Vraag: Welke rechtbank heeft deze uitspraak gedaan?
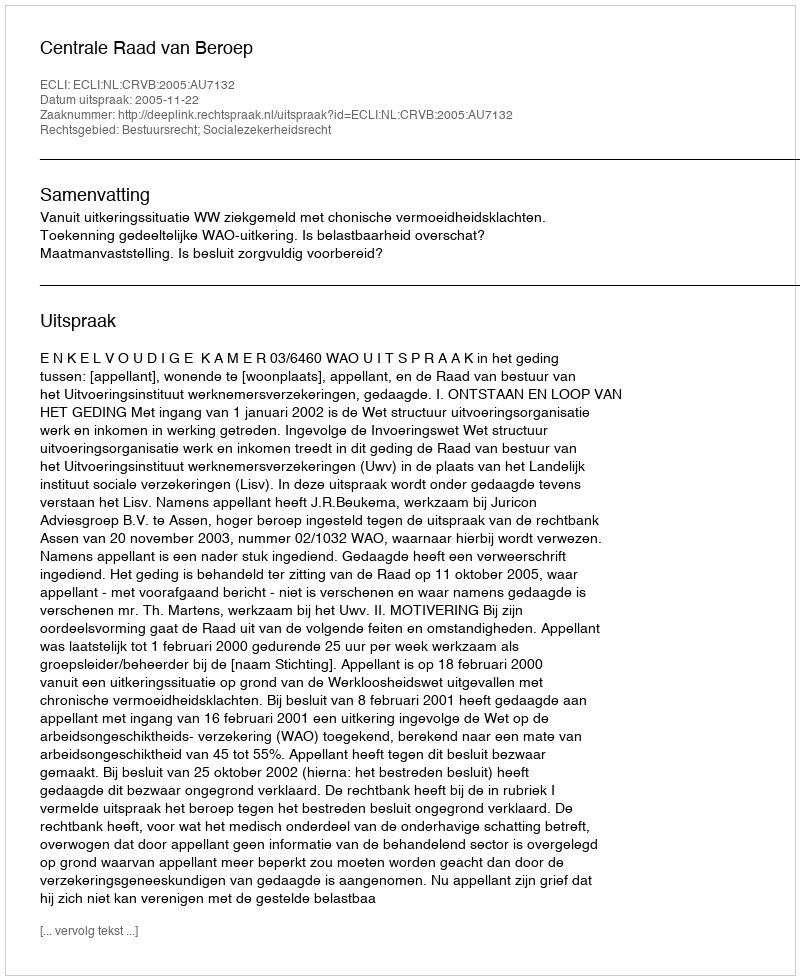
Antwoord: Centrale Raad van Beroep